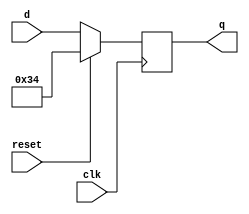
module top_module (
    input clk,
    input reset,
    input [7:0] d,
    output reg [7:0] q
);

    always @(negedge clk) begin
        if (reset) begin
            q <= 8'h34;  // Reset to 0x34
        end
        else begin
            q <= d;
        end
    end

endmodule